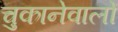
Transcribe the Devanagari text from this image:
चुकानेवालों